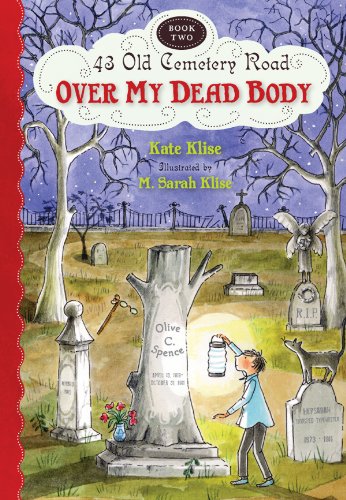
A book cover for Over My Dead Body (43 Old Cemetery Road); Kate Klise; Children's Books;